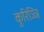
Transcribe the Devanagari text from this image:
कुरिञ्ञि